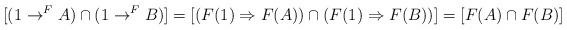
LaTeX: \begin{align*}[(1 \to^F A) \cap (1 \to^F B)]= [(F(1) \Rightarrow F(A)) \cap (F(1) \Rightarrow F(B))]=[F(A) \cap F(B)]\end{align*}